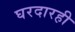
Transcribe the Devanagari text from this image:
घरदारही